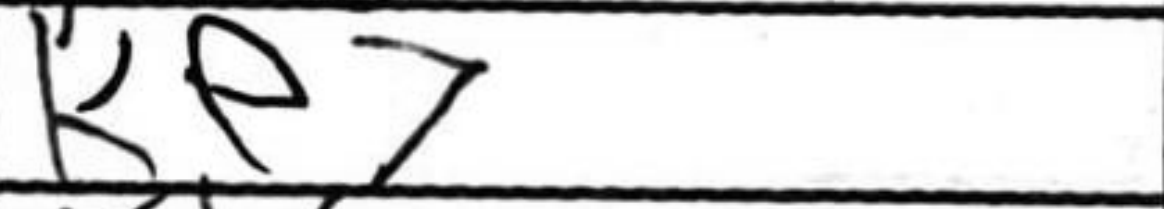
Transcription: Ke7